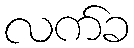
လက်ခ